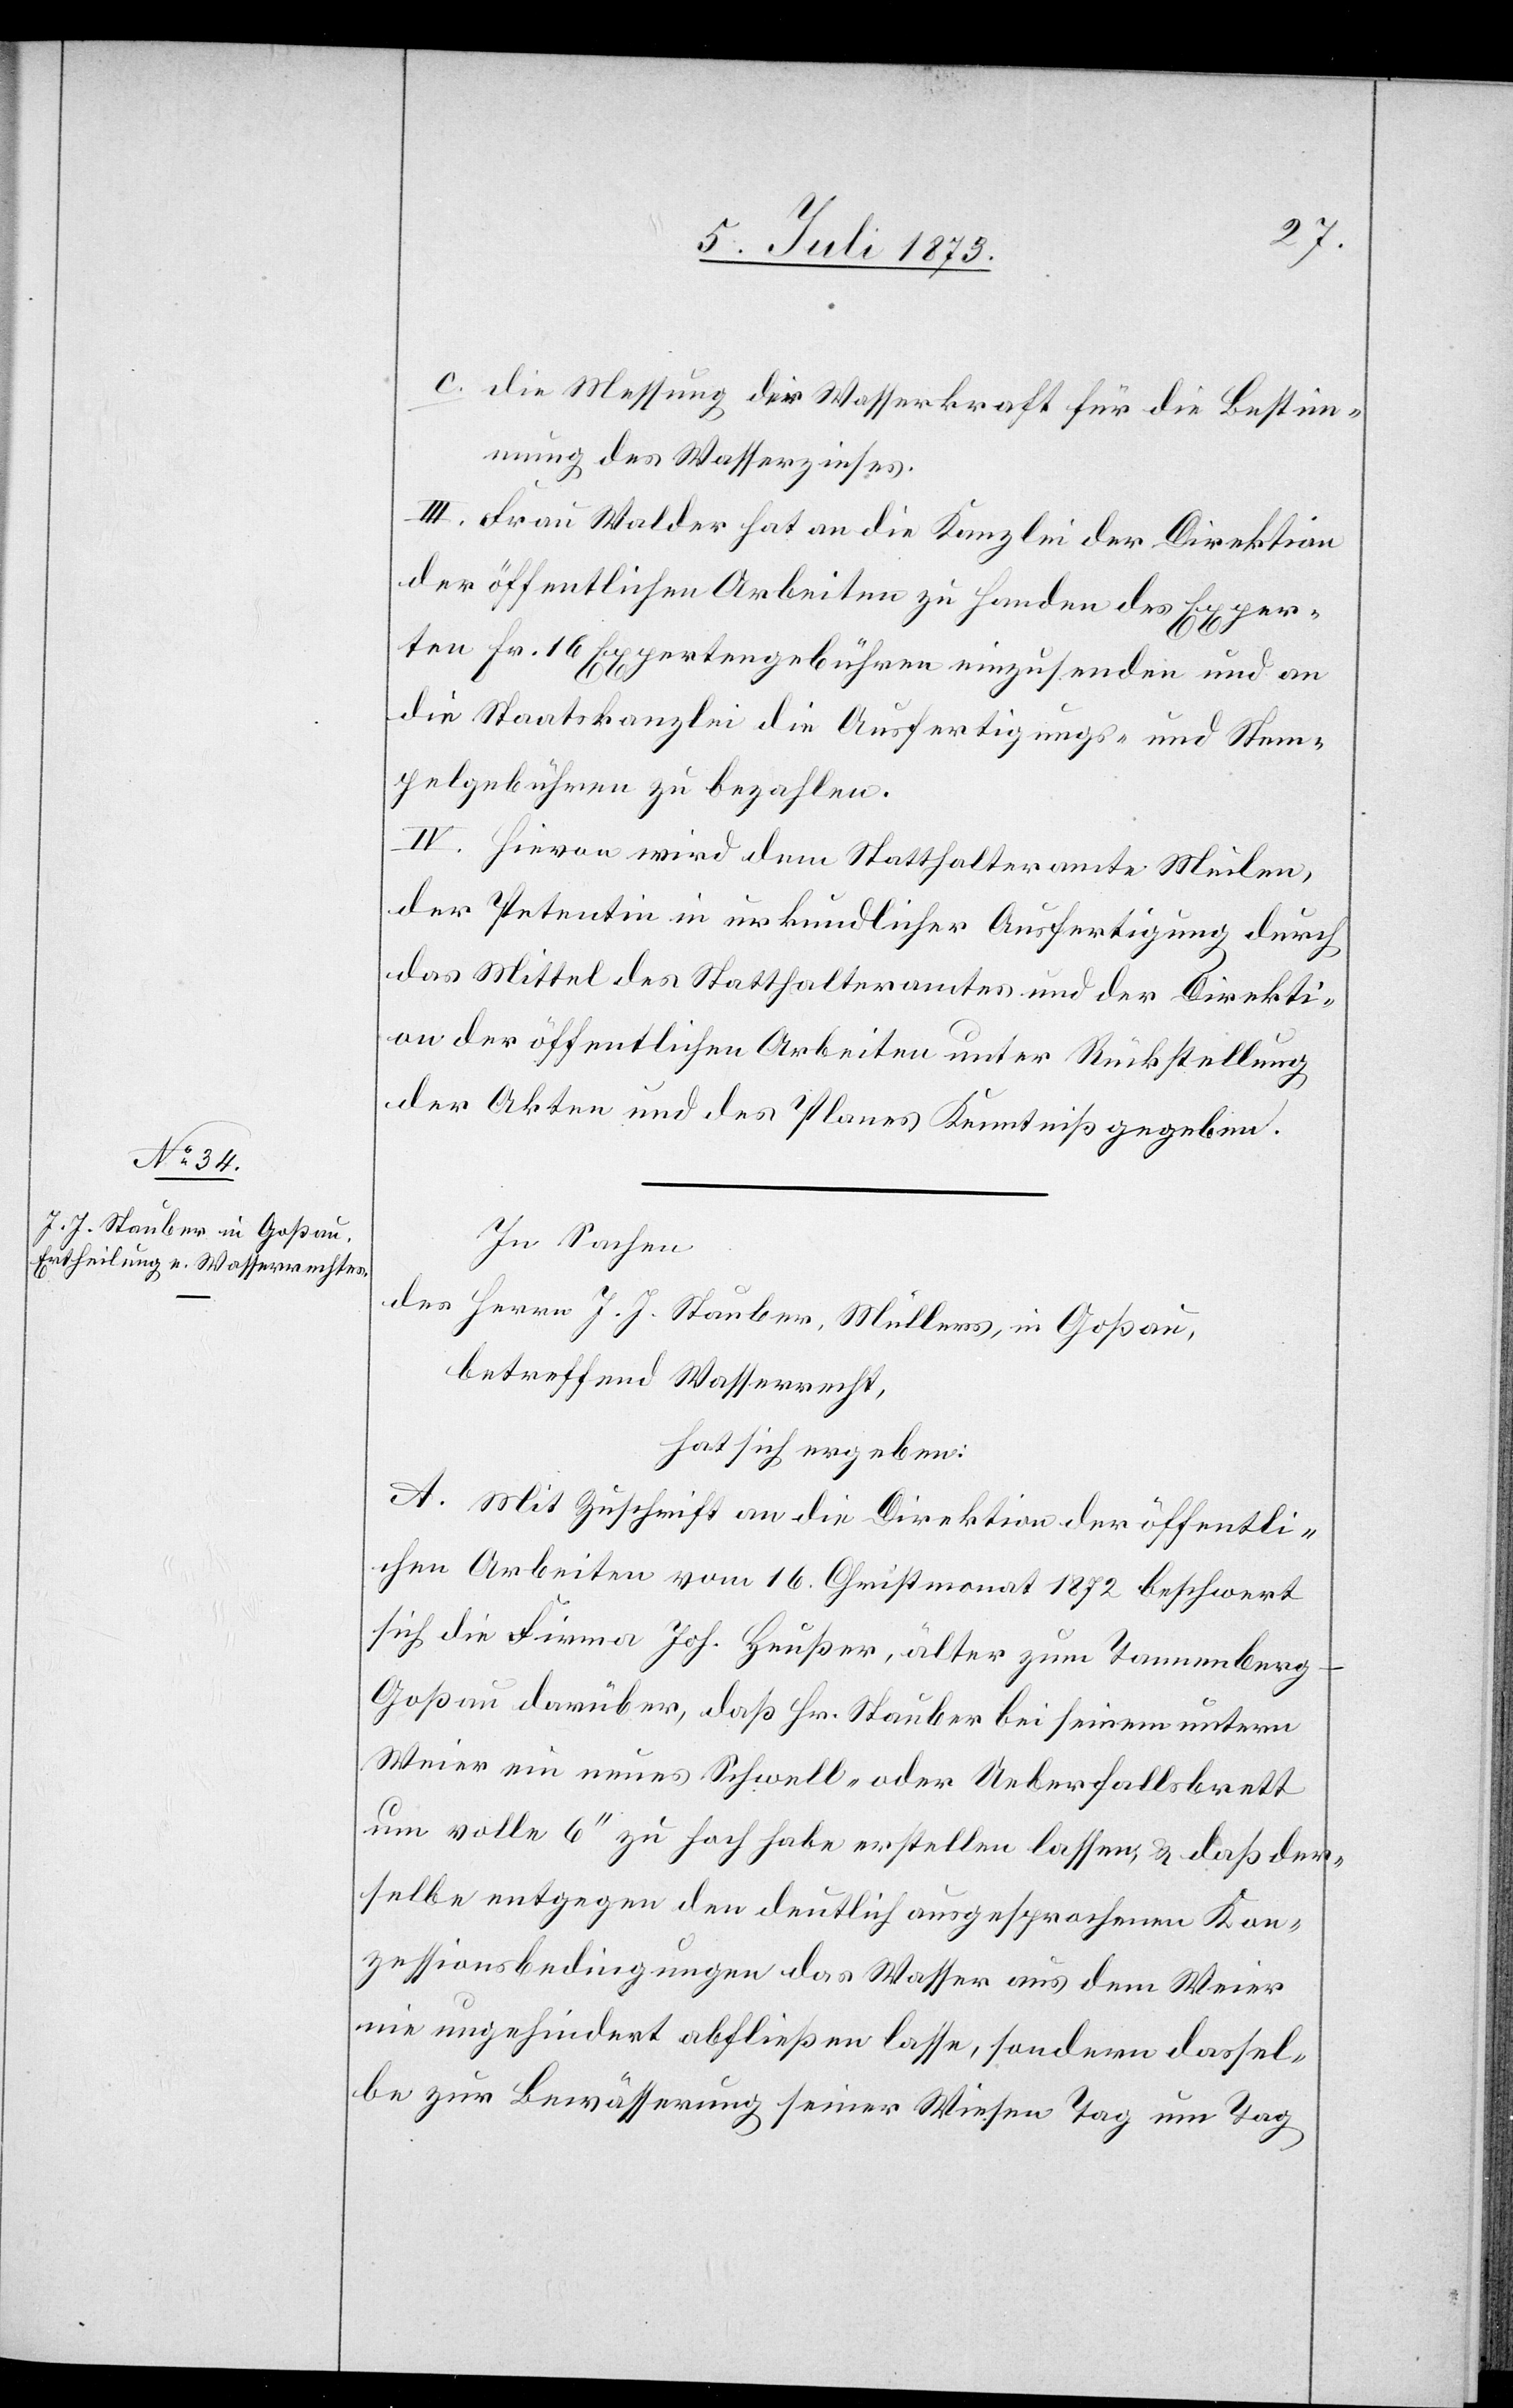
c. die Messung der Wasserkraft für die Bestim¬
mung des Wasserzinses.
III. Frau Walder hat an die Kanzlei der Direktion
der öffentlichen Arbeiten zu Handen des Exper¬
ten Fr. 16 Expertengebühren einzusenden und an
die Staatskanzlei die Ausfertigungs- und Stem¬
pelgebühren zu bezahlen.
IV. Hievon wird dem Statthalteramte Meilen,
der Petentin in urkundlicher Ausfertigung durch
das Mittel des Statthalteramtes und der Direkti¬
on der öffentlichen Arbeiten unter Rückstellung
der Akten und des Planes Kenntniß gegeben.
In Sachen
des Herrn J. J. Stauber, Müllers, in Goßau,
betreffend Wasserrecht,
hat sich ergeben:
A. Mit Zuschrift an die Direktion der öffentli¬
chen Arbeiten vom 16. Christmonat 1872 beschwert
sich die Firma Joh. Heußer, älter zum Tannenber¬
g-Goßau darüber, daß Hr. Stauber bei seinem untern
Weier ein neues Schwell- oder Ueberfallsbrett
um volle 6‘‘ zu hoch habe erstellen lassen, & daß der¬
selbe entgegen den deutlich ausgesprochenen Kon¬
zessionsbedingungen das Wasser aus dem Weier
nie ungehindert abfließen lasse, sondern dassel¬
be zur Bewässerung seiner Wiesen Tag um Tag